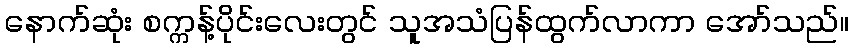
နောက်ဆုံး စက္ကန့်ပိုင်းလေးတွင် သူအသံပြန်ထွက်လာကာ အော်သည်။